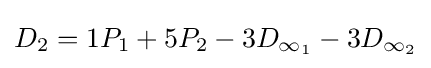
D_{2}=1P_{1}+5P_{2}-3D_{\infty _{1}}-3D_{\infty _{2}}